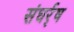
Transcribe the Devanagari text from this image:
संघर्र्ष